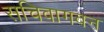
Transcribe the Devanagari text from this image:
सचिवागवन